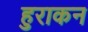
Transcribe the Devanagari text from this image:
हुराकन